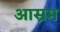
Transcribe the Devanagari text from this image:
आस्रम